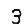
Digit: 3